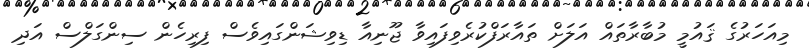
މިއަހަރުގެ ޤައުމީ މުބާރާތައް އަލަށް ތައާރަފްކުރެވިފައިވާ ޖޫނިއާ ޑިވިޝަންގައިވެސް ފިރިހެން ސިންގަލްސް އަދި